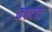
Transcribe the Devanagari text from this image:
कपाटबंद